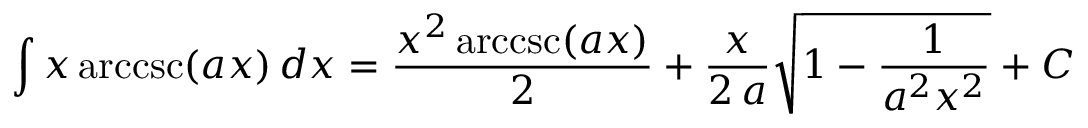
\int x \operatorname { a r c c s c } ( a x ) \, d x = { \frac { x ^ { 2 } \operatorname { a r c c s c } ( a x ) } { 2 } } + { \frac { x } { 2 \, a } } { \sqrt { 1 - { \frac { 1 } { a ^ { 2 } x ^ { 2 } } } } } + C